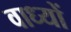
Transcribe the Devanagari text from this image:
वाध्यों